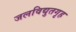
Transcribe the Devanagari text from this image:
जलविद्युतगृह